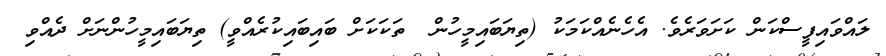
ލައްވައިފީސްކަން ކަށަވަރެވެ. އެހެނެއްކަމަކު (ތިޔަބައިމީހުން  ތަކަކަށް ބައިބައިކުރެއްވީ) ތިޔަބައިމީހުންނަށް ދެއްވި